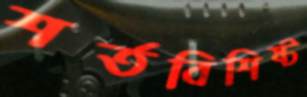
শর্তবিশিষ্ট